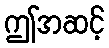
ဤအဆင့်